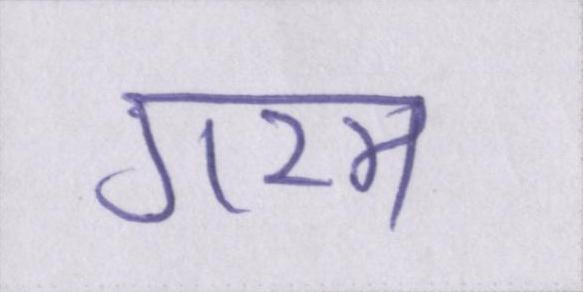
गरम